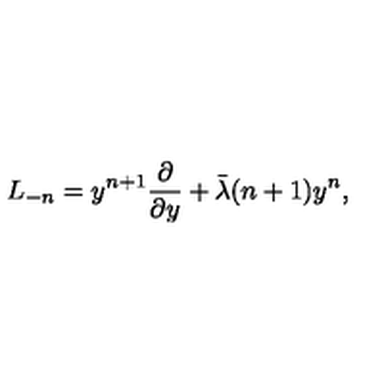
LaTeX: L _ { - n } = y ^ { n + 1 } { \frac { \partial } { \partial y } } + \bar { \lambda } ( n + 1 ) y ^ { n } ,